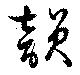
韻